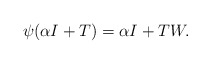
\begin{align*}\psi(\alpha I+T)=\alpha I+TW.\end{align*}